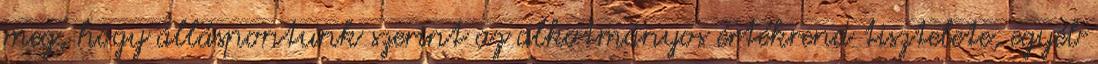
meg, hogy álláspontunk szerint az alkotmányos értékrend tisztelete, egyéb